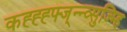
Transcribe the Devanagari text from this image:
कह्ह्ह्फ्ज्न्न्व्सुज्म्हि